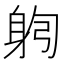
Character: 𰸻